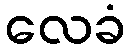
လေခံ